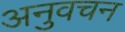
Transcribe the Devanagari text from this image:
अनुवचन